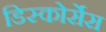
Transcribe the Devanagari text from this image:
डिस्कोर्सेस